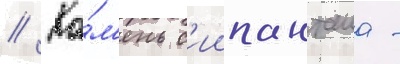
// Ка́м'ень с'иипанташа -